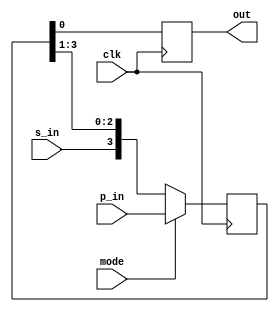
module shift4bit(
    input clk,
    input s_in,
    input mode,
    input [3:0] p_in,
    output out
    );
	 
	 reg [3:0] sreg;
	 
	 always @ (posedge clk)
	 begin
		if (mode == 1'b0)
		begin
			sreg <= {s_in, sreg[3:1]};
		end
		else
		begin
			sreg <= p_in;
		end
		out <= sreg[0];
	 
	 end


endmodule